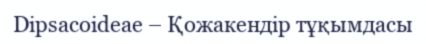
Dipsacoideae – Қожакендір тұқымдасы